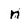
Character: n